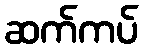
ဆက်ကပ်